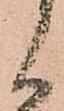
く